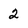
Character: 2